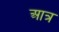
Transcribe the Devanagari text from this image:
आत्र